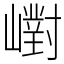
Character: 㠚